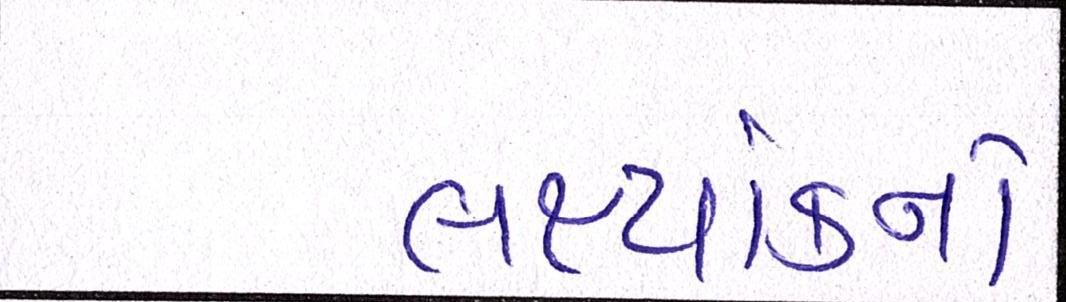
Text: લક્ષ્યાંકનો